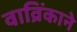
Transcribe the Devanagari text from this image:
वाव्रिंकाने